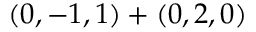
( 0 , - 1 , 1 ) + ( 0 , 2 , 0 )